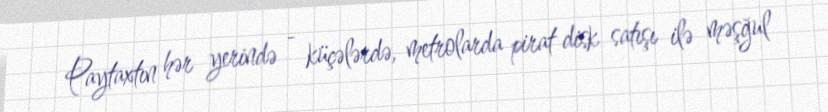
Paytaxtın hər yerində - küçələrdə, metrolarda pirat disk satışı ilə məşğul